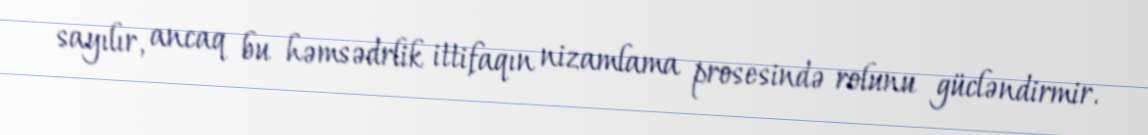
sayılır, ancaq bu həmsədrlik ittifaqın nizamlama prosesində rolunu gücləndirmir.